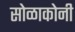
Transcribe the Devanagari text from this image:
सोळाकोनी